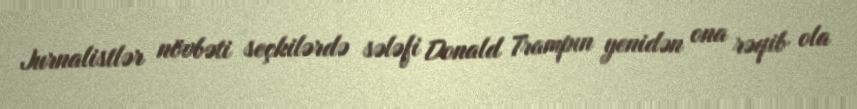
Jurnalistlər növbəti seçkilərdə sələfi Donald Trampın yenidən ona rəqib ola